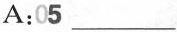
A:05 ___